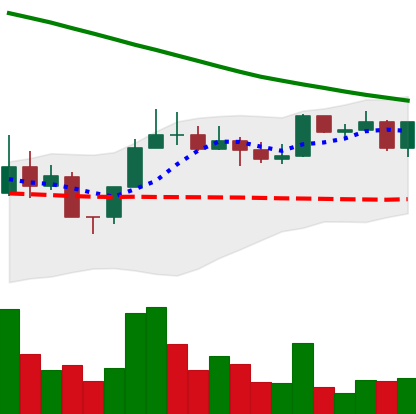
Ticker: NEO-USD
Chart end date: 2022-08-10
Forward return: -3.338%
Label: down_3_5